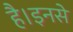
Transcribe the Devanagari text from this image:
है।इनसे